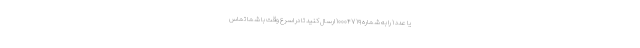
یا عدد ۱ را به شماره ۱۰۰۰۴۷۱۹ ارسال کنید تا در اسرع وقت با شما تماس